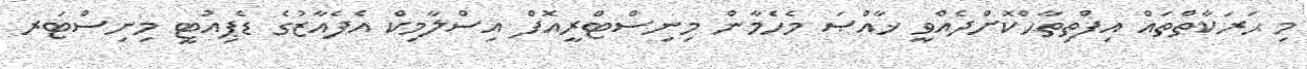
މި ޙަރަކާތްތައް އިފްތިތާޙްކޮށްދެއްވީ ޚާއްޞަ މެހެމާން މިނިސްޓްރީއޮފް އިސްލާމިކް އެފެއާޒުގެ ޑެޕިއުޓީ މިނިސްޓަރ